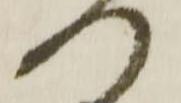
つ